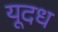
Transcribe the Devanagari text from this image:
यूदध